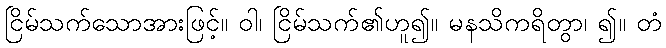
ငြိမ်သက်သောအားဖြင့်။ ဝါ၊ ငြိမ်သက်၏ဟူ၍။ မနသိကရိတွာ၊ ၍။ တံ